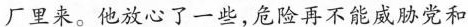
厂里来。他放心了一些，危险再不能威胁党和